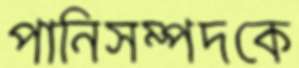
পানিসম্পদকে